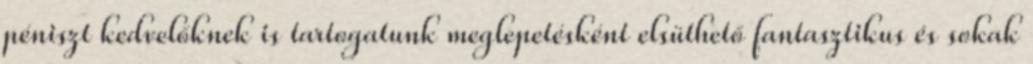
péniszt kedvelőknek is tartogatunk meglepetésként elsüthető fantasztikus és sokak